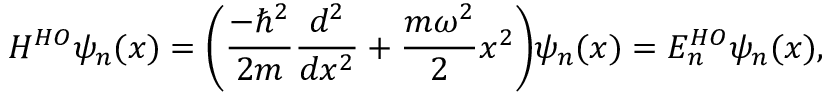
H ^ { H O } \psi _ { n } ( x ) = { \bigg ( } { \frac { - \hbar ^ { 2 } } { 2 m } } { \frac { d ^ { 2 } } { d x ^ { 2 } } } + { \frac { m \omega ^ { 2 } } { 2 } } x ^ { 2 } { \bigg ) } \psi _ { n } ( x ) = E _ { n } ^ { H O } \psi _ { n } ( x ) ,